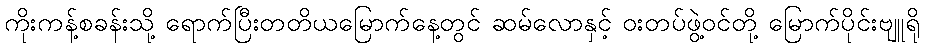
ကိုးကန့်စခန်းသို့ ရောက်ပြီးတတိယမြောက်နေ့တွင် ဆမ်လောနှင့် ဝးတပ်ဖွဲ့ဝင်တို့ မြောက်ပိုင်းဗျူရို